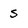
Character: s